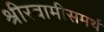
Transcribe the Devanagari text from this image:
श्रीस्वामीसमर्थ